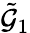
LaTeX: \tilde{\mathcal{G}}_{1}